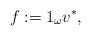
LaTeX: \begin{align*}f:=1_{\omega}v^{\ast} , \end{align*}